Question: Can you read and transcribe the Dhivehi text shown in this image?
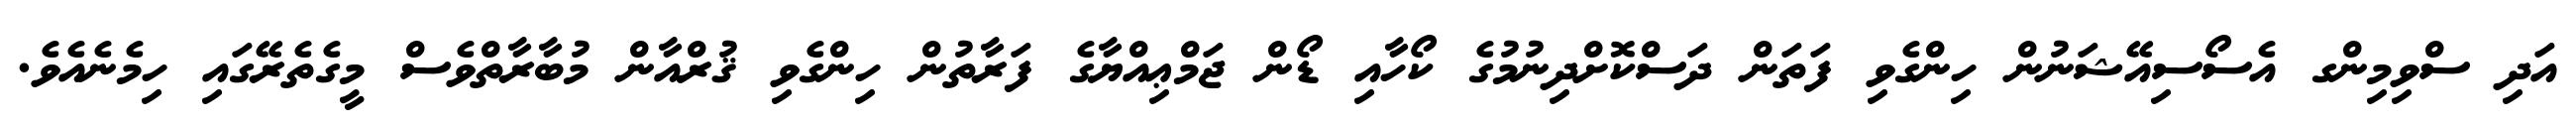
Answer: އަދި ސްވިމިންގ އެސޯސިއޭޝަނުން ހިންގެވި ފަތަން ދަސްކޮށްދިނުމުގެ ކޯހާއި ޑޯން ޖަމްޢިއްޔާގެ ފަރާތުން ހިންގެވި ޤުރްއާން މުބާރާތްވެސް މީގެތެރޭގައި ހިމެނެއެވެ.